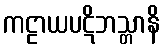
ကဠာယပဋိဘသ္တာနိ